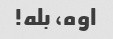
اوه، بله!